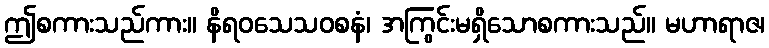
ဤစကားသည်ကား။ နိရဝသေသဝစနံ၊ အကြွင်းမရှိသောစကားသည်။ မဟာရာဇ၊